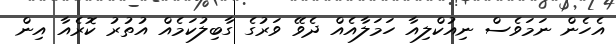
އެހެން ނަމަވެސް ނިއުކްލިއާ ހަމަލާއެއް ދެވޭ ވަރުގެ ގާބިލުކަމެއް އުތުރު ކޮރެއާ އިން